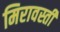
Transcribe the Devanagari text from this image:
मिरावस्ती